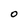
Character: 0